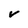
Character: v